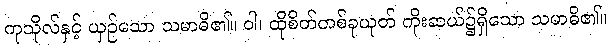
ကုသိုလ်နှင့် ယှဉ်သော သမာဓိ၏။ ဝါ၊ ထိုစိတ်တစ်ခုယုတ် ကိုးဆယ်၌ရှိသော သမာဓိ၏။